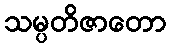
သမ္ပတိဇာတော